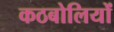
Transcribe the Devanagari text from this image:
कठबोलियों